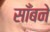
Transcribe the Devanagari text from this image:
साँबने